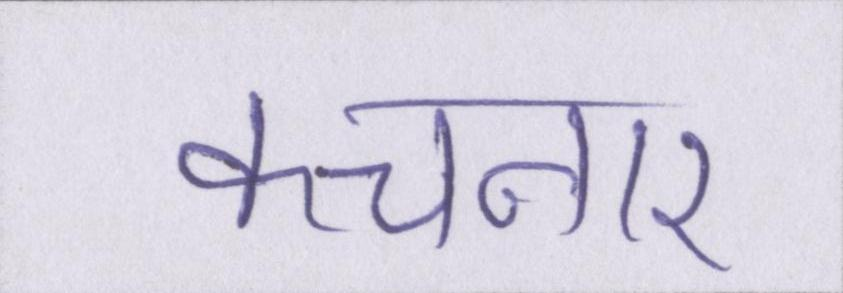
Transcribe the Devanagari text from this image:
कचनार